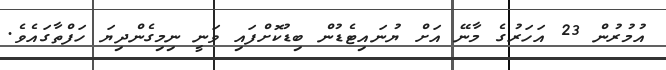
އުމުރުން 23 އަހަރުގެ މާނޭ އަށް ޔުނައިޓެޑުން ބިޑުކޮށްފައި ވަނީ ނިމިގެންދިޔަ ހަފްތާގައެވެ.